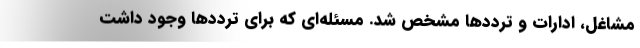
مشاغل، ادارات و ترددها مشخص شد. مسئله‌ای که برای ترددها وجود داشت